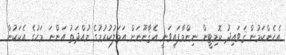
އެހެންކަމުން ޤަވައިދު ކޮމިޓީން ނިންމާފައިވަނީ އެޤާނޫނަށް އަމަލުކުރުމުގެ މުއްދަތު އަންނަ މަހުގެ އެކަކުން